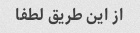
از این طریق لطفا